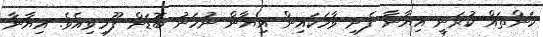
ކަންތައް ކުރަނީ އިޔާނާ ފެށި ވާހަަކައިން އިޔާން ނުހަނު ބޮޑަށް ފޫހިވިއެވެ. އިޔާނާ